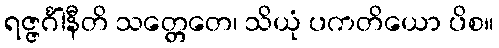
ရဇ္ဇင်္ဂါနီတိ သတ္တေတေ၊ သိယုံ ပကတိယော ပိစ။